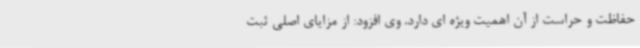
حفاظت و حراست از آن اهمیت ویژه ای دارد. وی افزود: از مزایای اصلی ثبت